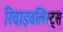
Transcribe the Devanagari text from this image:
रिवाइवलिस्ट्स